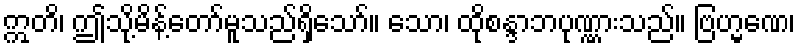
ဣတိ၊ ဤသို့မိန့်တော်မူသည်ရှိသော်။ သော၊ ထိုစန္ဒာဘပုဏ္ဏားသည်။ ဗြဟ္မဏေ၊